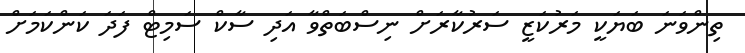
ތިންވަނަ ބަޔަކީ މަރުކަޒީ ސަރުކާރަށް ނިސްބަތްވާ އަދި ސާކް ސަމިޓް ފަދަ ކަންކަމަށް